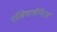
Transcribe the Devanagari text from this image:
एलियामॉनिटर्स